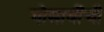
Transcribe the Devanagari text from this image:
गोसावींची